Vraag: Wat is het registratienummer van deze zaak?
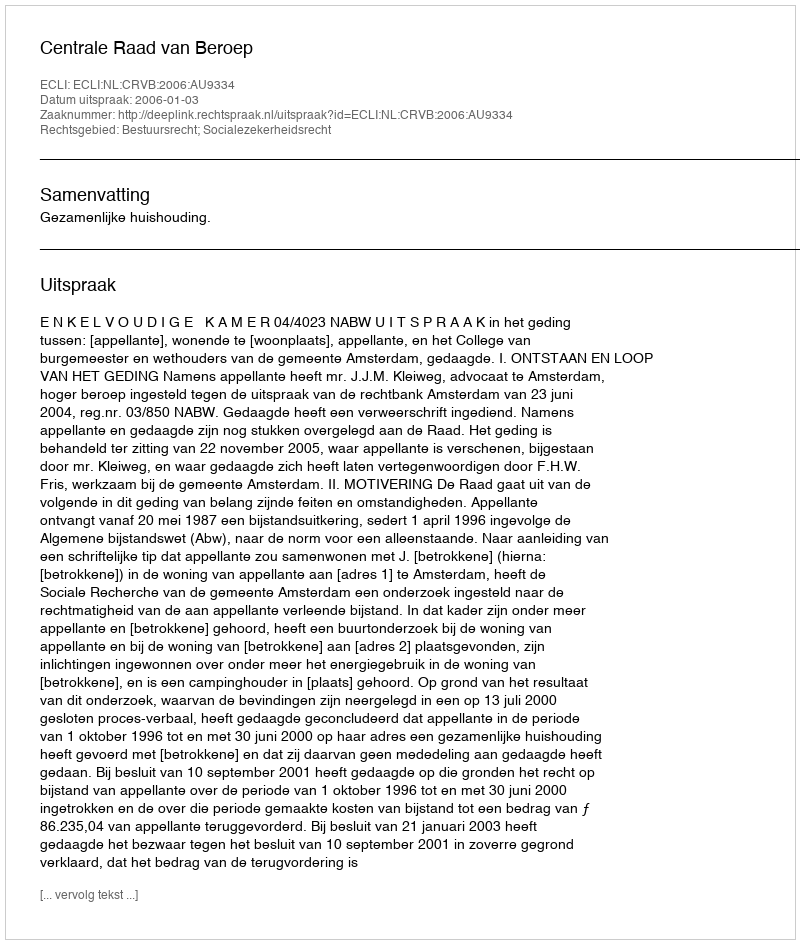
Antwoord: http://deeplink.rechtspraak.nl/uitspraak?id=ECLI:NL:CRVB:2006:AU9334